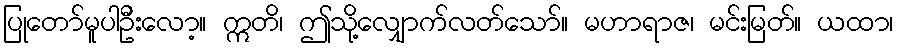
ပြုတော်မူပါဦးလော့။ ဣတိ၊ ဤသို့လျှောက်လတ်သော်။ မဟာရာဇ၊ မင်းမြတ်။ ယထာ၊